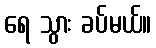
ရေ သွား ခပ်မယ်။